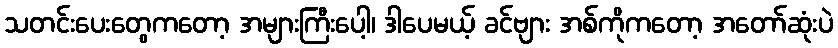
သတင်းပေးတွေကတော့ အများကြီးပေါ့၊ ဒါပေမယ့် ခင်ဗျား အစ်ကိုကတော့ အတော်ဆုံးပဲ